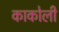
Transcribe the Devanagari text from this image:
काकोली